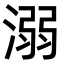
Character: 溺